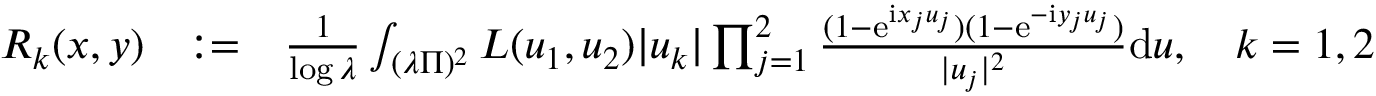
\begin{array} { r l r } { R _ { k } ( \boldsymbol { x } , \boldsymbol { y } ) } & { : = } & { \frac { 1 } { \log \lambda } \int _ { ( \lambda \Pi ) ^ { 2 } } L ( u _ { 1 } , u _ { 2 } ) | u _ { k } | \prod _ { j = 1 } ^ { 2 } \frac { ( 1 - \mathrm e ^ { \mathrm i x _ { j } u _ { j } } ) ( 1 - \mathrm e ^ { - \mathrm i y _ { j } u _ { j } } ) } { | u _ { j } | ^ { 2 } } \mathrm d \boldsymbol { u } , \quad k = 1 , 2 } \end{array}